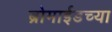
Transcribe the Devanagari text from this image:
ब्रोमाईडच्या